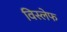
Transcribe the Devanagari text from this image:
विस्लेफ